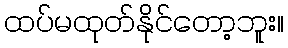
ထပ်မထုတ်နိုင်တော့ဘူး။